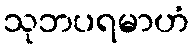
သုဘပရမာဟံ